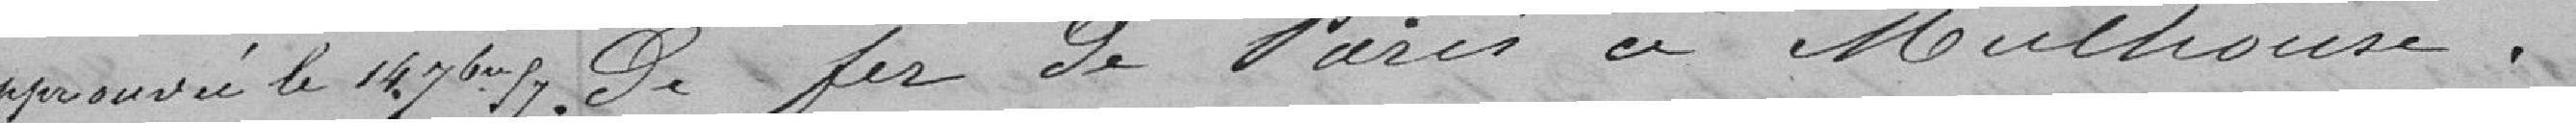
Approuvé le 14 Nbre 87   De fer de Paris à Mulhouse.